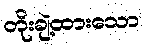
တိုးချဲ့ထားသော